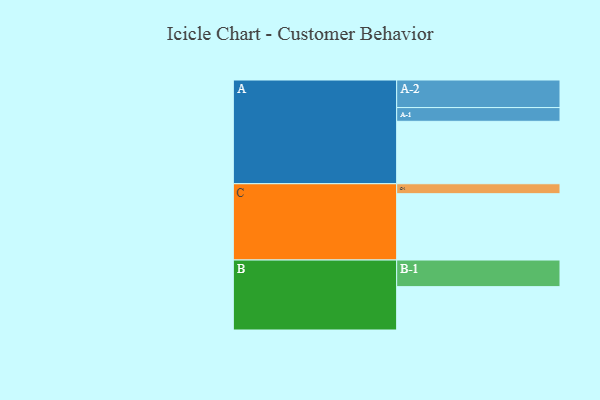
{"axis": {"x": "Segment", "y": "Value"}, "legend": ["", "A", "B", "C"], "data": [{"x": "A", "y": 514, "type": ""}, {"x": "B", "y": 357, "type": ""}, {"x": "C", "y": 546, "type": ""}, {"x": "A-1", "y": 113, "type": "A"}, {"x": "A-2", "y": 227, "type": "A"}, {"x": "B-1", "y": 219, "type": "B"}, {"x": "C-1", "y": 82, "type": "C"}]}